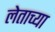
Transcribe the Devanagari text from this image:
लेताच्या